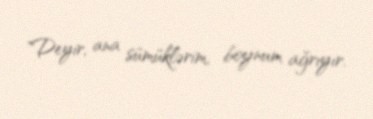
"Deyir, ana sümüklərim, boynum ağrıyır.